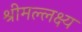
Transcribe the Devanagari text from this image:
श्रीमल्लक्ष्य